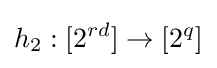
h_{2}:[2^{rd}]\to [2^{q}]